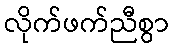
လိုက်ဖက်ညီစွာ